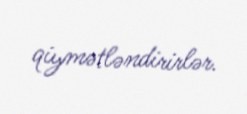
qiymətləndirirlər.